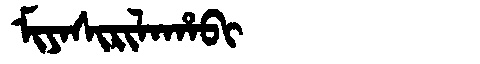
Manchu: ᠮᡳᠶᠠᠰᡳᡵᡳᠯᠠᡥᠠᠪᡳ
Romanization: MIYASIRILAHABI